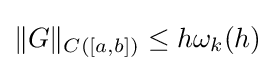
\|G\|_{C([a,b])}\leq h\omega _{k}(h)